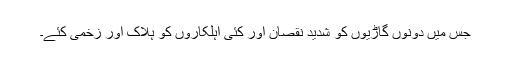
جس میں دونوں گاڑیوں کو شدید نقصان اور کئی اہلکاروں کو ہلاک اور زخمی کئے۔